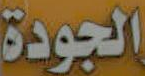
الجودة